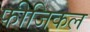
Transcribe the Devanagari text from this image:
फीजिकल